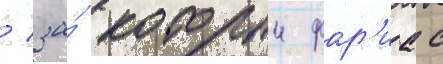
/ за́ которыи фар'иас